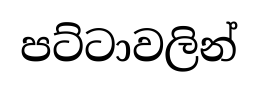
පට්ටාවලින්